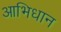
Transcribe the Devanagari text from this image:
आभिधान